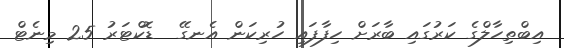
އިބްތިހާލްގެ ކަރުގައި ބާރަށް ހިފާފައި ހުރިކަން އެނގޭ  ޑޮކްޓަރު 25 މިނެޓް